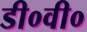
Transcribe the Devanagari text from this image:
डी०वी०